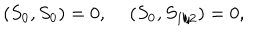
( S _ { 0 } , S _ { 0 } ) = 0 , \, ( S _ { 0 } , S _ { 1 / 2 } ) = 0 ,